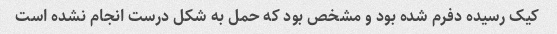
کیک رسیده دفرم شده بود و مشخص بود که حمل به شکل درست انجام نشده است